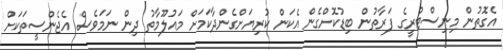
އެގޮތުން މިނިސްޓްރީގެ ފަރާތުން ބިޑުކޮށްގެން އެކަން ކުރިޔަށްގެންދާކަމަށް މައުލޫމާތު ދިން ނަމަވެސް އެޖެންސީތަކަށް